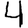
Digit: 4